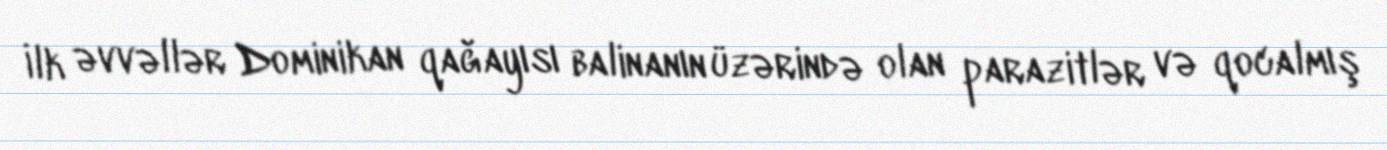
İlk əvvəllər Dominikan qağayısı balinanın üzərində olan parazitlər və qocalmış